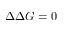
\Delta \Delta G = 0